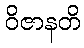
ဝိဇာနတိ